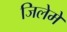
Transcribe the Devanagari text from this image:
जिलेमे